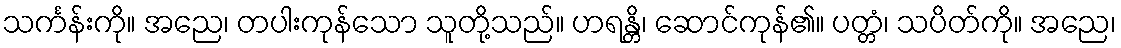
သင်္ကန်းကို။ အညေ၊ တပါးကုန်သော သူတို့သည်။ ဟရန္တိ၊ ဆောင်ကုန်၏။ ပတ္တံ၊ သပိတ်ကို။ အညေ၊